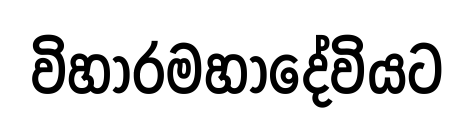
විහාරමහාදේවියට